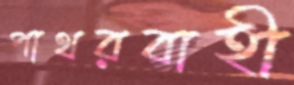
পাথরবাহী